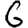
Digit: 6